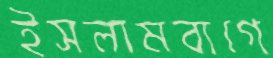
ইসলামবাগে